Papers set at the Examination for Leaving Certificates, 1889
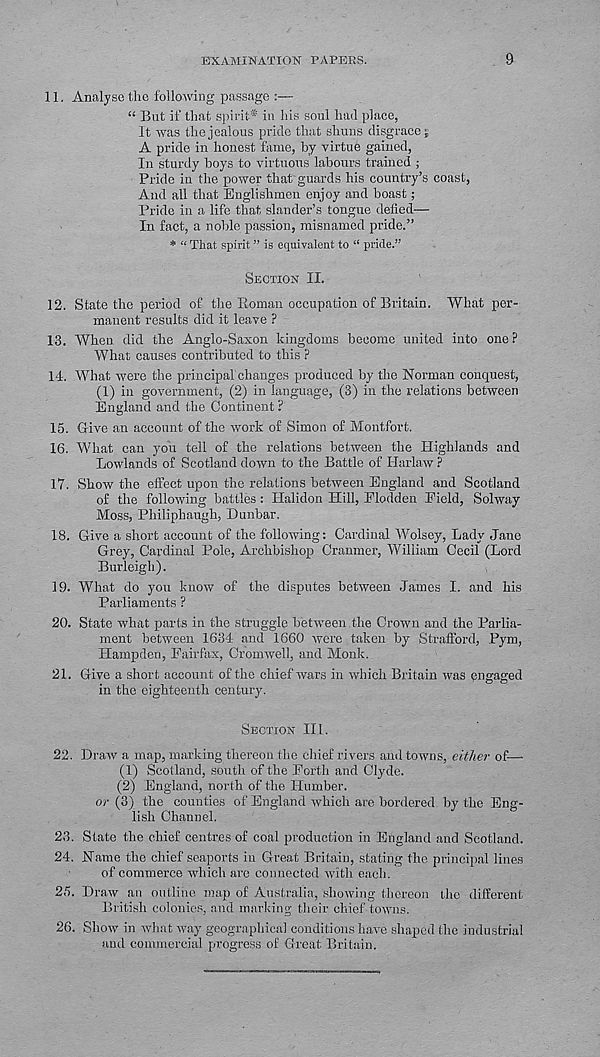
EXAMINATION PAPERS.
9
11.
Analyse the following passage :—
“ But if’ that spirit* in his soul had place,
it was the jealous pride that shuns disgrace;
A pride in honest fame, by virtue gained,
In sturdy boys to virtuous labours trained ;
Pride in the power that guards his country’s coast,
And all that Englishmen enjoy and boast;
Pride in a life that slander’s tongue defied—
In fact, a noble passion, misnamed pride.”
* “ That spirit ” is equivalent to “ pride.”
SECTION II.
12. State the period of the Roman occupation of Britain. What per-
manent results did it leave ?
13. When did the Anglo-Saxon kingdoms become united into one?
What causes contributed to this ?
14. What were the principal changes produced by the Norman conquest,
(1) in government, (2) in language, (3) in the relations between
England and the Continent ?
15. Give an account of the work of Simon of Montfort.
16. What can you tell of the relations between the Highlands and
Lowlands of Scotland down to the Battle of Harlaw ?
17. Show the effect upon the relations between England and Scotland
of the following battles: Halidon Hill, Flodden Field, Solway
Moss, Philiphaugh, Dunbar.
18. Give a short account of the following: Cardinal Wolsey, Lady Jane
Grey, Cardinal Pole, Archbishop Cranmer, William Cecil (Lord
Burleigh).
19. What do you know of the disputes between James I. and his
Parliaments ?
20. State what parts in the struggle between the Crown and the Parlia-
ment between 1634 and 1660 were taken by Strafford, Pym,
Hampden, Fairfax, Cromwell, and Monk.
21. Give a short account of the chief wars in which Britain was pngaged
in the eighteenth century.
SECTION III.
22. Draw a map, marking thereon the chief rivers and towns, either of—
(1) Scotland, south of the Forth and Clyde.
(2) England, north of the Humber.
or (3) the counties of England which are bordered by the Eng-
lish Channel.
23. State the chief centres of coal production in England and Scotland.
24. Name the chief seaports in Great Britain, stating the principal lines
of commerce which are connected with each.
25. Draw an outline map of Australia, showing thereon the different
British colonies, and marking their chief towns.
26. Show in what way geographical conditions have shaped the industrial
and commercial progress of Great Britain.